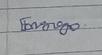
Signature authenticity: genuine